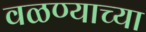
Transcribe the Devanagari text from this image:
वळण्याच्या